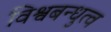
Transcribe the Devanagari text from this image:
विश्वबन्धुत्व